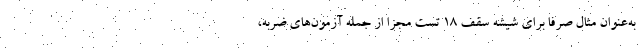
به‌عنوان مثال صرفا برای شیشه سقف ۱۸‌‌ تست مجزا از جمله آزمون‌های ضربه،